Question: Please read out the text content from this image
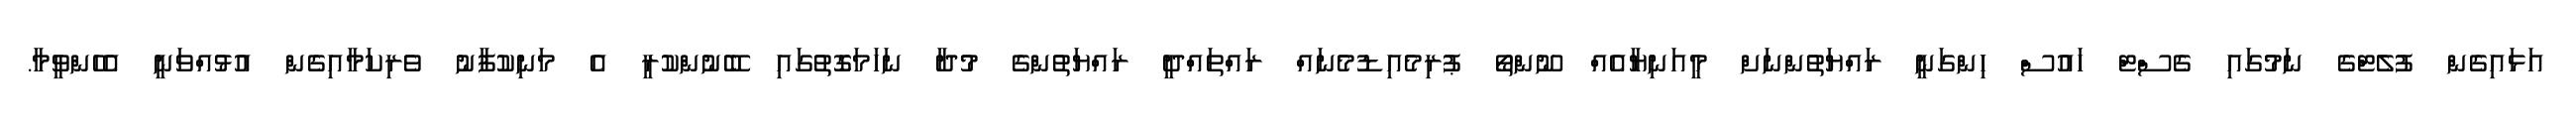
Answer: އަޅައިގެން ފުލެޓްގެ ނަމުގައި ގެސްޓް ހައުސް ހިންގަނީ ރައްޔަތުންނަށް މީއަނިޔާއެއް ނޫންތޯ ޕުރިމެއިޑުމެނައް ރައްތައްދީ ރައްޔަތުންގެ މުދާ ނަހަމަގޮތުގައި ބޭނުންކުރީ އެ މަނިކުފާނު ވެރިކަމާއިގެން އުޅުއްވަނީ އެހެންވީމާ.